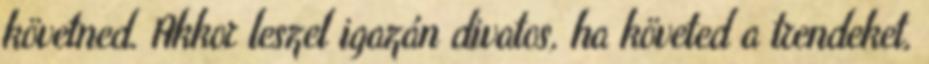
követned. Akkor leszel igazán divatos, ha követed a trendeket,